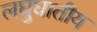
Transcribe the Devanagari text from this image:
लघुघातीय